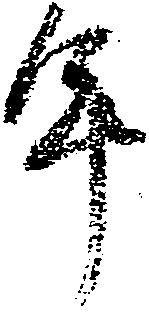
年